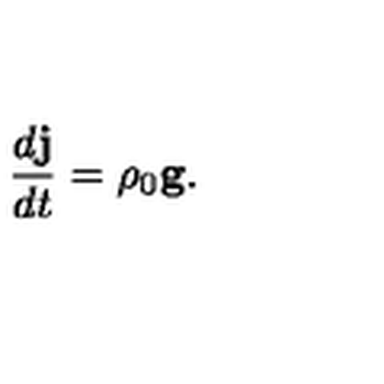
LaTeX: \frac { d { \bf j } } { d t } = \rho _ { 0 } { \bf g . }